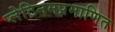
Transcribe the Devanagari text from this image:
प्लेटिनमप्रमाणित